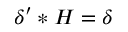
\delta ^ { \prime } \ast H = \delta